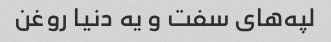
لپه‌های سفت و یه دنیا روغن